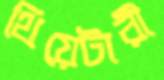
থিয়েটারী